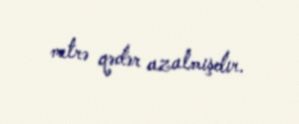
metrə qədər azalmışdır.